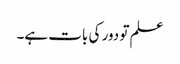
علم تو دور کی بات ہے۔